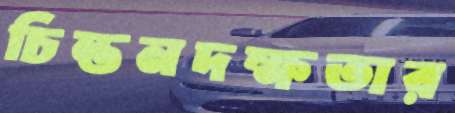
চিন্তনদক্ষতার